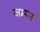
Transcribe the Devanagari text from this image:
जम्पर्स